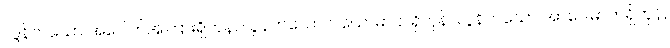
လွန်ကဲသော အပေါက်အကြားရှိကုန်, လွန်ကဲသော ဝါယောဓာတ်ရှိကုန်, လွန်ကဲသော အာပေါဓာတ်ရှိကုန်,